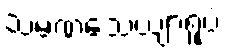
သမဏသေယျာရူပံ